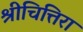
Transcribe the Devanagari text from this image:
श्रीचित्तिरा